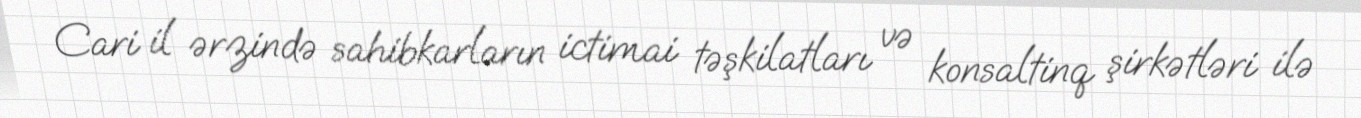
Cari il ərzində sahibkarların ictimai təşkilatları və konsaltinq şirkətləri ilə